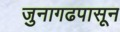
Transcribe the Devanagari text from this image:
जुनागढपासून